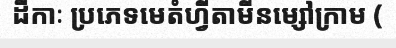
ដីកាៈ ប្រភេទមេតំហ្វីតាមីនម្សៅក្រាម (